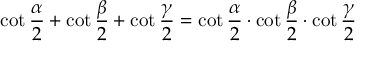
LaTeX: \cot { \frac { \alpha } { 2 } } + \cot { \frac { \beta } { 2 } } + \cot { \frac { \gamma } { 2 } } = \cot { \frac { \alpha } { 2 } } \cdot \cot { \frac { \beta } { 2 } } \cdot \cot { \frac { \gamma } { 2 } }